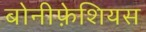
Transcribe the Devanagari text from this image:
बोनीफ़ेशियस